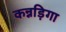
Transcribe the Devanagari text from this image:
कन्नड़िगा